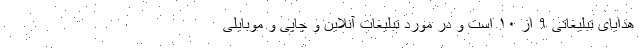
هدایای تبلیغاتی ۹ از ۱۰ است و در مورد تبلیغات آنلاین و چاپی و موبایلی